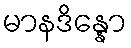
မာနဒိန္နော